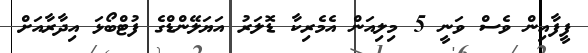
ފީފާއިން ވެސް ވަނީ 5 މިލިއަން އެމެރިކާ ޑޮލަރު އަޔަލޭންޑްގެ ފުޓްބޯޅަ އިދާރާއަށް